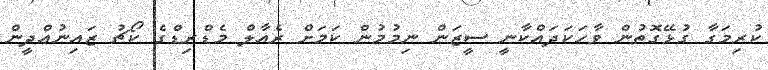
ކުރިމަގާ ގުޅޭގޮތުން ވާހަކަދައްކާނީ ސީޒަން ނިމުމުން ކަމަށް ރެއާލް މެޑްރިޑްގެ ކޯޗު ޒައިނުއްދީން